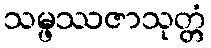
သမ္ဖဿဇာသုတ္တံ